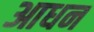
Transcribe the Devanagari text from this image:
आधन